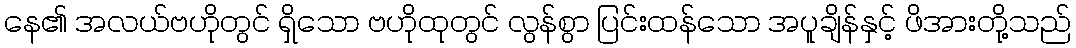
နေ၏ အလယ်ဗဟိုတွင် ရှိသော ဗဟိုထုတွင် လွန်စွာ ပြင်းထန်သော အပူချိန်နှင့် ဖိအားတို့သည်